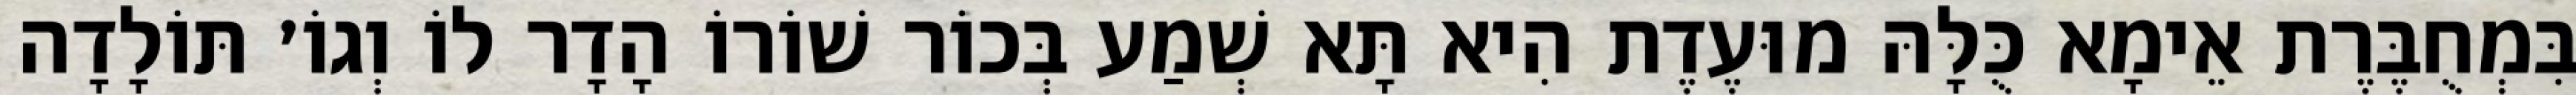
בִּמְחֻבֶּרֶת אֵימָא כֻּלָּהּ מוּעֶדֶת הִיא תָּא שְׁמַע בְּכוֹר שׁוֹרוֹ הָדָר לוֹ וְגוֹ׳ תּוֹלָדָה